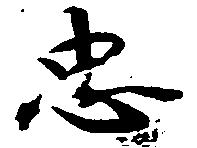
忠